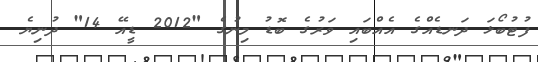
ފުޓުބޯޅަ ދަނޑެއްގެ އެއްބައި ވަރުގެ ބޮޑު މިނުގެ "2012 ޑީއޭ 14" ދުނިޔެ